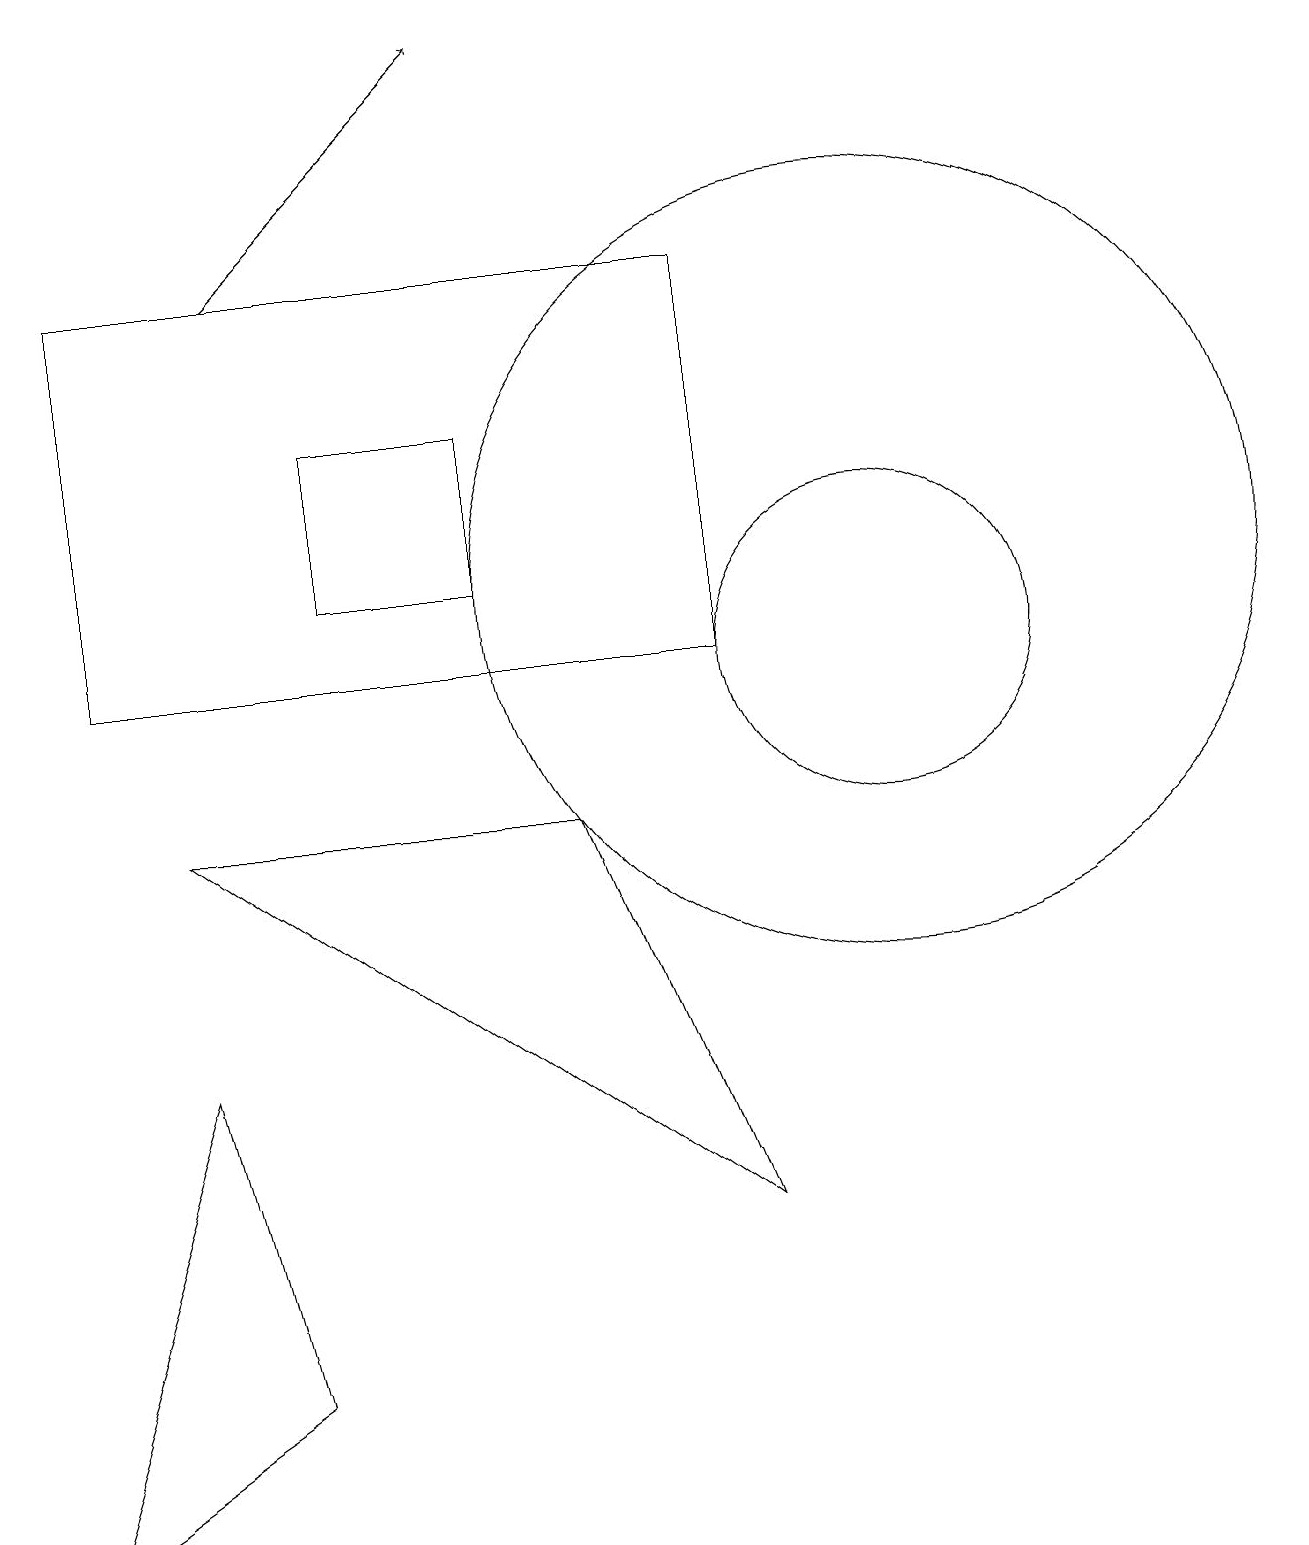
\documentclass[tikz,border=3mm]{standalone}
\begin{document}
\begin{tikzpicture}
\draw[->] (3,16) -- (6,19);
\draw (11,11) circle (2);
\draw (4,12) rectangle (6,14);
\draw (3,2) -- (0,0) -- (2,6) -- cycle;
\draw (11,12) circle (5);
\draw (9,16) rectangle (1,11);
\draw (9,4) -- (7,9) -- (2,9) -- cycle;
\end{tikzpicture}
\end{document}